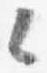
々